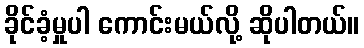
ခိုင်ခံ့မှုပါ ကောင်းမယ်လို့ ဆိုပါတယ်။